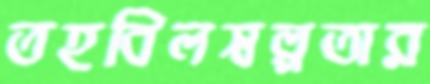
তহবিলস্বল্পতার